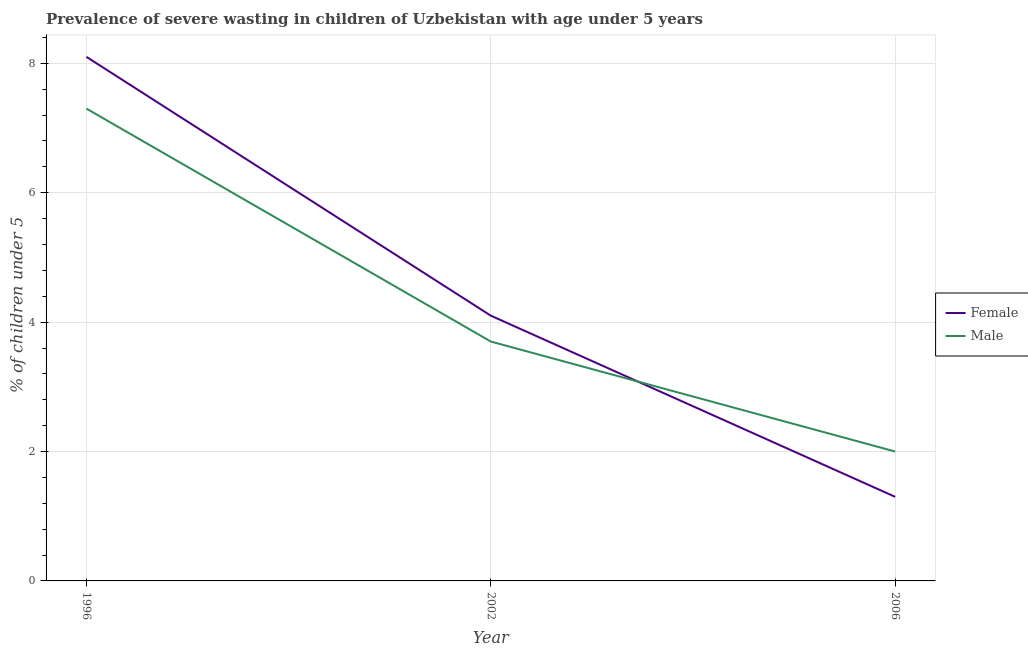
| Year | Female | Male |
 | --- | --- | --- |
 | 1996 | 8.1 | 7.3 |
 | 2002 | 4.1 | 3.7 |
 | 2006 | 1.3 | 2 |